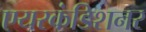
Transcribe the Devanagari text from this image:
एयरकंडिशनर